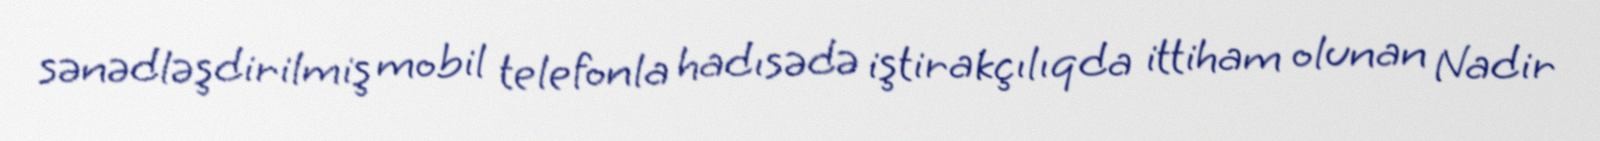
sənədləşdirilmiş mobil telefonla hadısədə iştirakçılıqda ittiham olunan Nadir